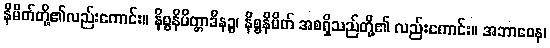
နိမိတ်တို့၏လည်းကောင်း။ နိစ္စနိမိတ္တာဒီနဉ္စ၊ နိစ္စနိမိတ် အစရှိသည်တို့၏ လည်းကောင်း။ အဘာဝေန၊